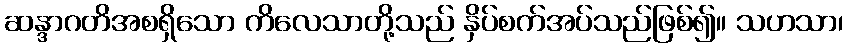
ဆန္ဒာဂတိအစရှိသော ကိလေသာတို့သည် နှိပ်စက်အပ်သည်ဖြစ်၍။ သဟသာ၊